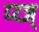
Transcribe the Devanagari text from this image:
प्य्ज्